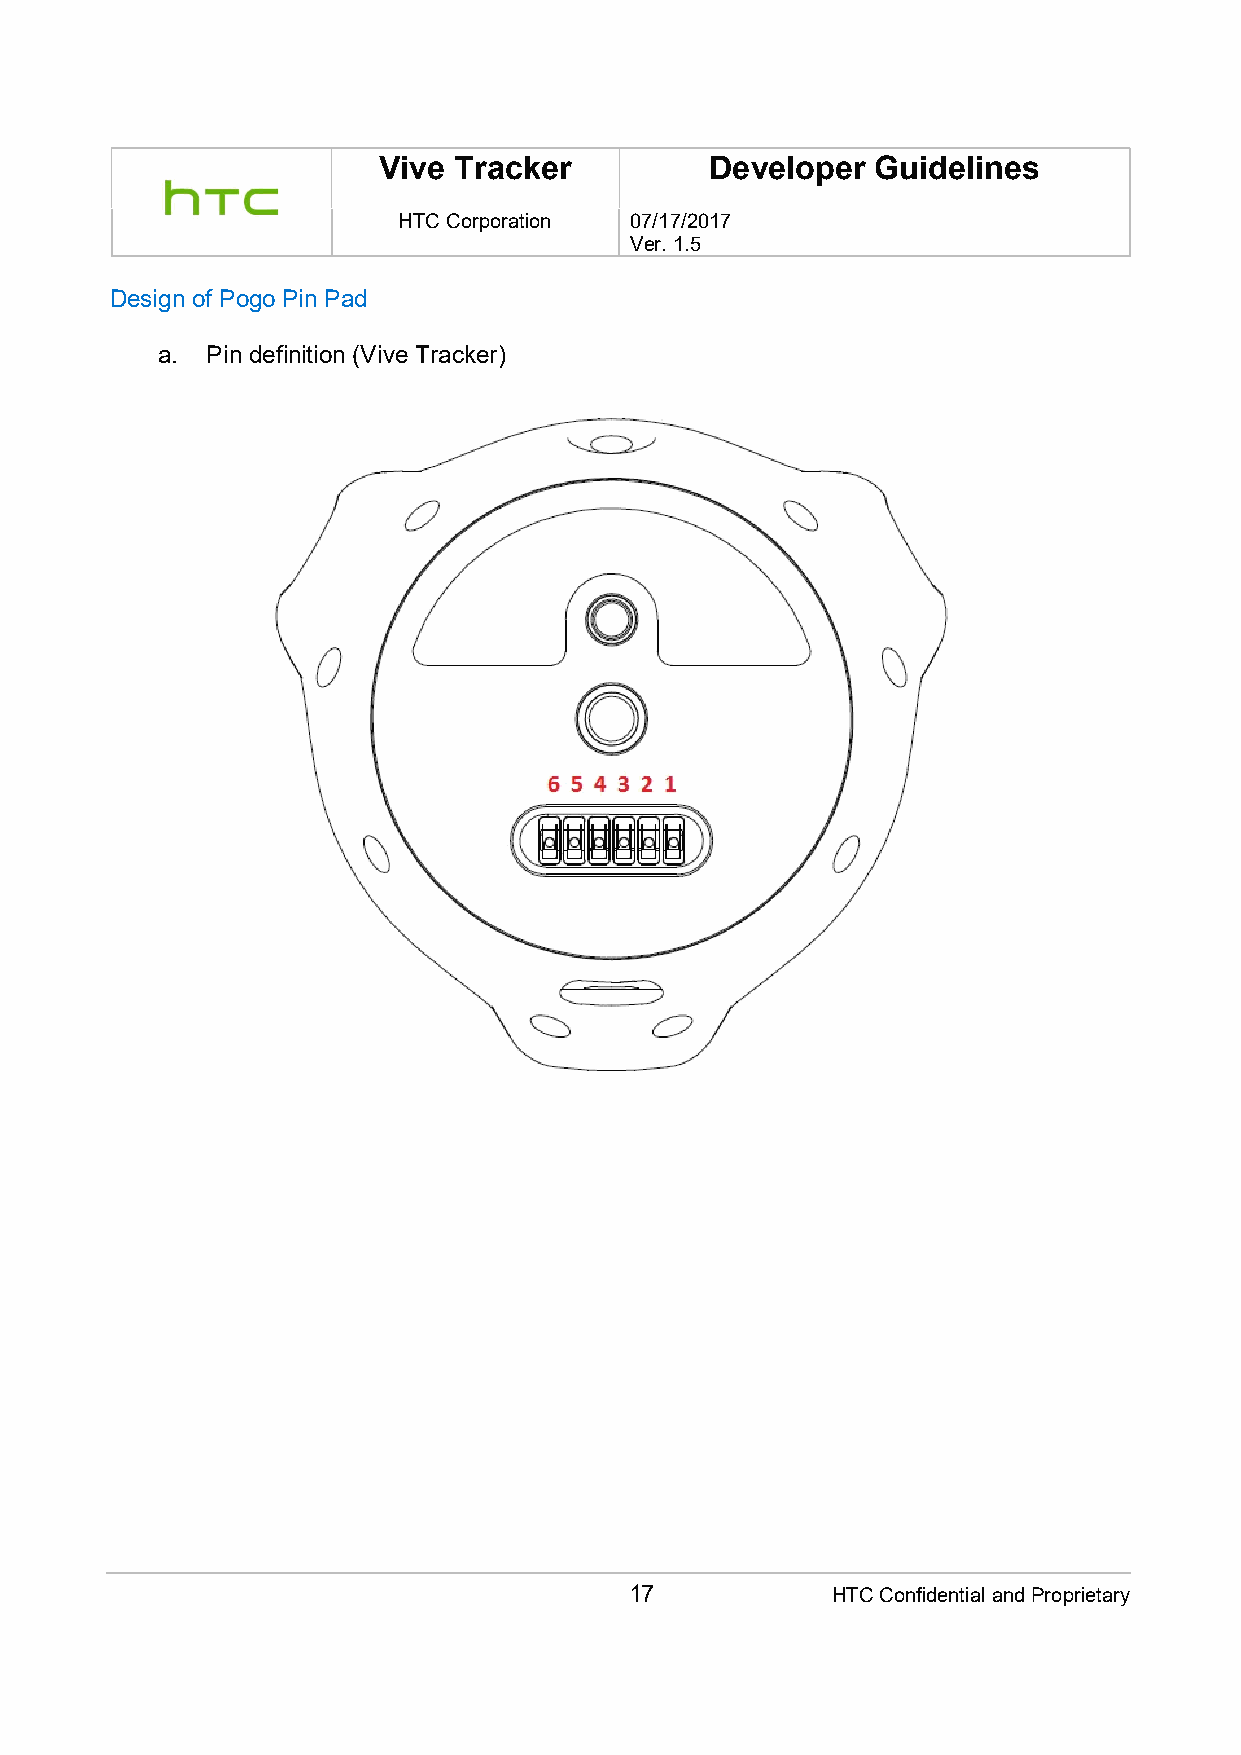
Vive Tracker          Developer  Guidelines
 HTC Corporation 07/17/2017
 Ver. 1.5
 Design of Pogo Pin Pad
 a.  Pin definition (Vive Tracker)
 17           HTC Confidential and Proprietary